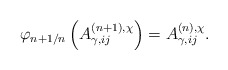
\begin{align*} \varphi_{n+1/n}\left( A_{\gamma,ij}^{(n+1), \chi} \right) = A_{\gamma,ij}^{(n), \chi}.\end{align*}